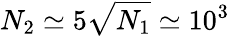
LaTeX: N_{2}\simeq 5\sqrt{N_{1}}\simeq 10^{3}